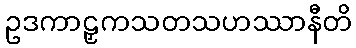
ဥဒကာဠှကသတသဟဿာနီတိ